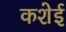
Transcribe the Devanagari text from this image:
कशेई